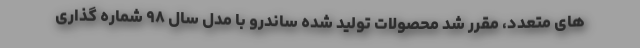
های متعدد، مقرر شد محصولات تولید شده ساندرو با مدل سال ۹۸ شماره گذاری